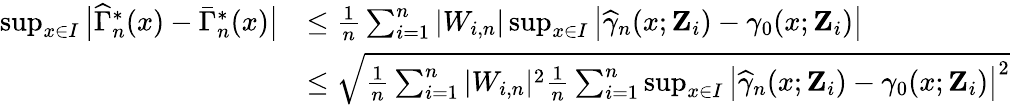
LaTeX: \begin{array}{rl}{\operatorname*{sup}_{x\in I}\big|\widehat{\Gamma}_{n}^{*}(x)-\bar{\Gamma}_{n}^{*}(x)\big|}&{\leq\frac{1}{n}\sum_{i=1}^{n}|W_{i,n}|\operatorname*{sup}_{x\in I}\big|\widehat{\gamma}_{n}(x;\mathbf{Z}_{i})-\gamma_{0}(x;\mathbf{Z}_{i})\big|}\\ &{\leq\sqrt{\frac{1}{n}\sum_{i=1}^{n}|W_{i,n}|^{2}\frac{1}{n}\sum_{i=1}^{n}\operatorname*{sup}_{x\in I}\big|\widehat{\gamma}_{n}(x;\mathbf{Z}_{i})-\gamma_{0}(x;\mathbf{Z}_{i})\big|^{2}}}\end{array}